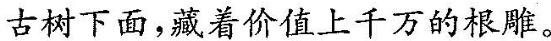
古树下面，藏着价值上千万的根雕